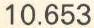
10.653